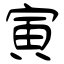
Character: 寅